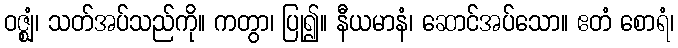
ဝဇ္ဈံ၊ သတ်အပ်သည်ကို။ ကတွာ၊ ပြု၍။ နီယမာနံ၊ ဆောင်အပ်သော။ ဧတံ စောရံ၊